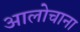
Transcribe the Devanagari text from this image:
आलोचाना